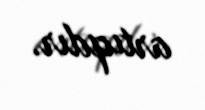
artıqdır.